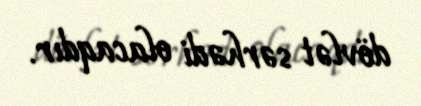
dövlət sərhədi olacaqdır.